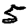
Digit: 5